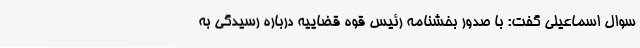
سوال اسماعیلی گفت: با صدور بخشنامه رئیس قوه قضاییه درباره رسیدگی به